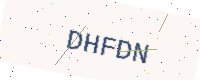
Text: DHFDN